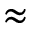
\approx